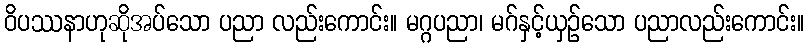
ဝိပဿနာဟုဆိုအပ်သော ပညာ လည်းကောင်း။ မဂ္ဂပညာ၊ မဂ်နှင့်ယှဉ်သော ပညာလည်းကောင်း။